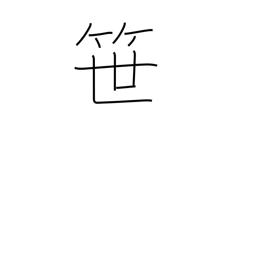
Meaning: bamboo grass